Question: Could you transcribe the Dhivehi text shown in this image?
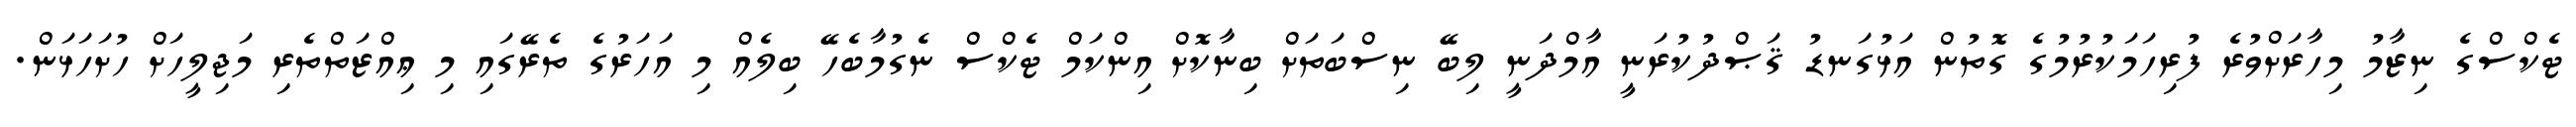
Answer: ޓެކްސްގެ ނިޒާމު މިހާރަށްވުރެ ފުރިހަމަކުރުމުގެ ގޮތުން އަޅުގަނޑު ޤަޞްދުކުރަނީ އާމްދަނީ ލިބޭ ނިސްބަތަށް ބިނާކޮށް އިންކަމް ޓެކްސް ނެގުމާބެހޭ ބިލެއް މި އަހަރުގެ ތެރޭގައި މި ޢިއްޒަތްތެރި މަޖިލީހަށް ހުށަހަޅަން.